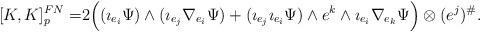
LaTeX: \begin{align*}{}[K, K]^{FN}_p = & 2 \Big( (\imath_{e_i} \Psi) \wedge (\imath_{e_j} \nabla_{e_i} \Psi) + (\imath_{e_j}\imath_{e_i} \Psi) \wedge e^k \wedge \imath_{e_i} \nabla_{e_k} \Psi \Big) \otimes (e^j)^\#.\end{align*}